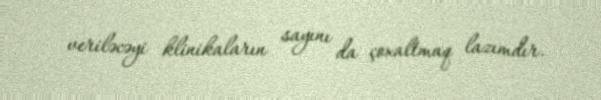
veriləcəyi klinikaların sayını da çoxaltmaq lazımdır.